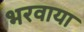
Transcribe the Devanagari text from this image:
भरवाया